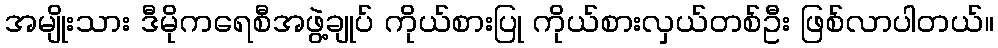
အမျိုးသား ဒီမိုကရေစီအဖွဲ့ချုပ် ကိုယ်စားပြု ကိုယ်စားလှယ်တစ်ဦး ဖြစ်လာပါတယ်။